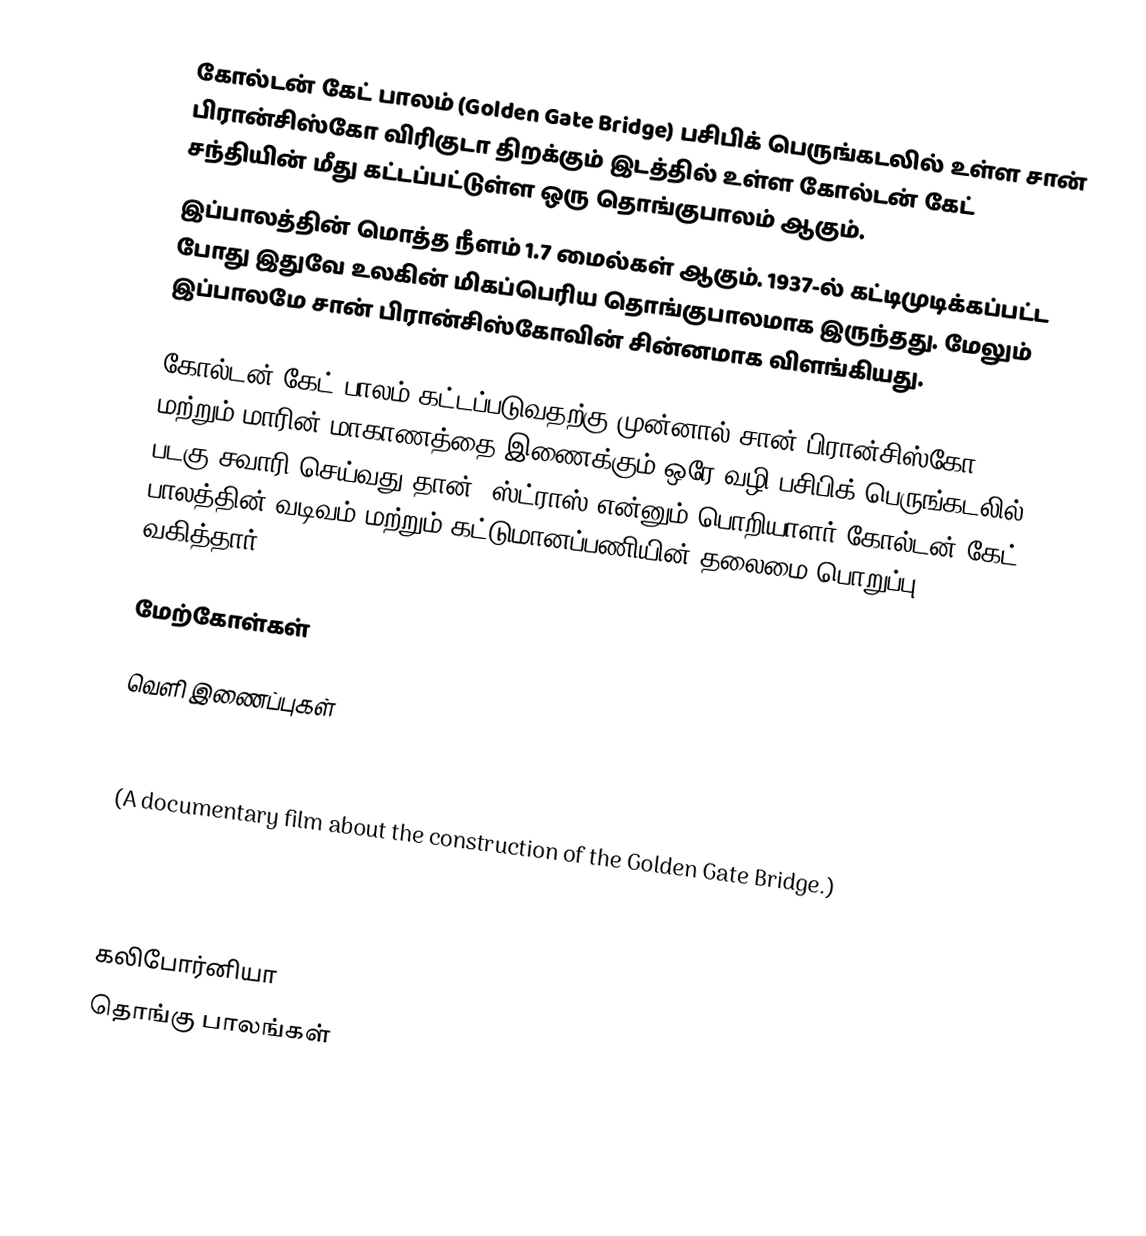
கோல்டன் கேட் பாலம் (Golden Gate Bridge) பசிபிக் பெருங்கடலில் உள்ள சான் பிரான்சிஸ்கோ விரிகுடா திறக்கும் இடத்தில் உள்ள கோல்டன் கேட் சந்தியின் மீது கட்டப்பட்டுள்ள ஒரு தொங்குபாலம் ஆகும்.
இப்பாலத்தின் மொத்த நீளம் 1.7 மைல்கள் ஆகும். 1937-ல் கட்டிமுடிக்கப்பட்ட போது இதுவே உலகின் மிகப்பெரிய தொங்குபாலமாக இருந்தது. மேலும் இப்பாலமே சான் பிரான்சிஸ்கோவின் சின்னமாக விளங்கியது.

கோல்டன் கேட் பாலம் கட்டப்படுவதற்கு முன்னால் சான் பிரான்சிஸ்கோ மற்றும் மாரின் மாகாணத்தை இணைக்கும் ஒரே வழி பசிபிக் பெருங்கடலில் படகு சவாரி செய்வது தான். ஸ்ட்ராஸ் என்னும் பொறியாளர் கோல்டன் கேட் பாலத்தின் வடிவம் மற்றும் கட்டுமானப்பணியின் தலைமை பொறுப்பு வகித்தார்.

மேற்கோள்கள்

வெளி இணைப்புகள்

  (A documentary film about the construction of the Golden Gate Bridge.)

  (Educational poster.)

கலிபோர்னியா
தொங்கு பாலங்கள்